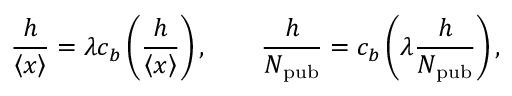
\frac { h } { \left\langle { x } \right\rangle } = \lambda c _ { b } \left( \frac { h } { \left\langle { x } \right\rangle } \right) , \qquad \frac { h } { N _ { \mathrm { p u b } } } = c _ { b } \left( \lambda \frac { h } { N _ { \mathrm { p u b } } } \right) ,